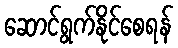
ဆောင်ရွက်နိုင်စေရန်